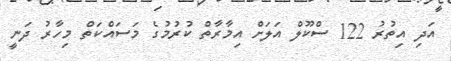
އަދި އިތުރު 122 ސްކޫލް އަލަށް އިމާރާތް ކުރުމުގެ މަސައްކަތް މިހާރު ދަނީ